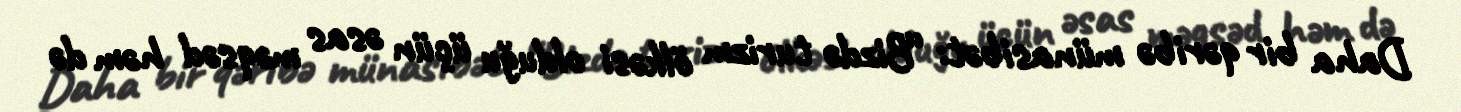
Daha bir qəribə münasibət: “Bizdə turizm ölkəsi olduğu üçün əsas məqsəd həm də